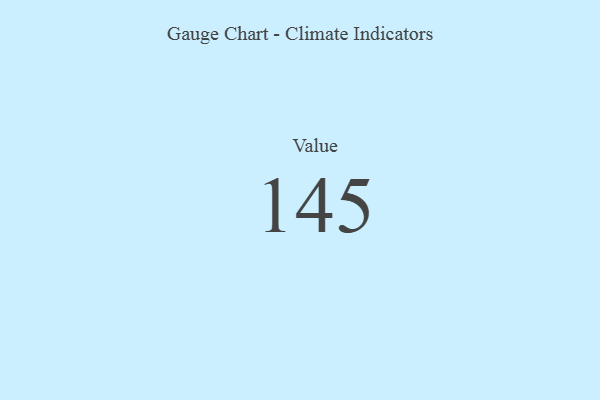
{"axis": {"x": "Metric", "y": "Value"}, "legend": [""], "data": [{"x": "Value", "y": 145, "type": ""}]}